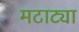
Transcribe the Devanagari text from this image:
मटाट्या